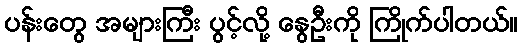
ပန်းတွေ အများကြီး ပွင့်လို့ နွေဦးကို ကြိုက်ပါတယ်။